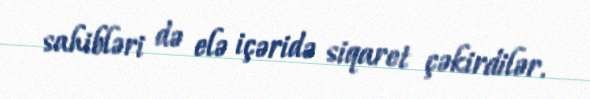
sahibləri də elə içəridə siqaret çəkirdilər.